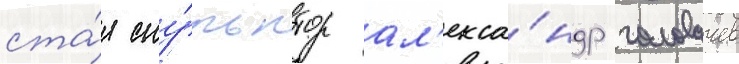
ста́л ску́льптор ал'екса́ндр головачев